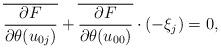
LaTeX: \begin{align*} \overline{\frac{\partial F}{\partial \theta(u_{0j})}}+ \overline{\frac{\partial F}{\partial \theta(u_{00})}}\cdot(-\xi_{j})=0,\end{align*}